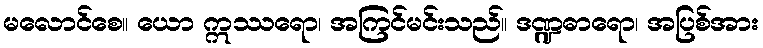
မလောင်စေ။ ယော ဣဿရော၊ အကြင်မင်းသည်။ ဒဏ္ဍဓာရော၊ အပြစ်အား